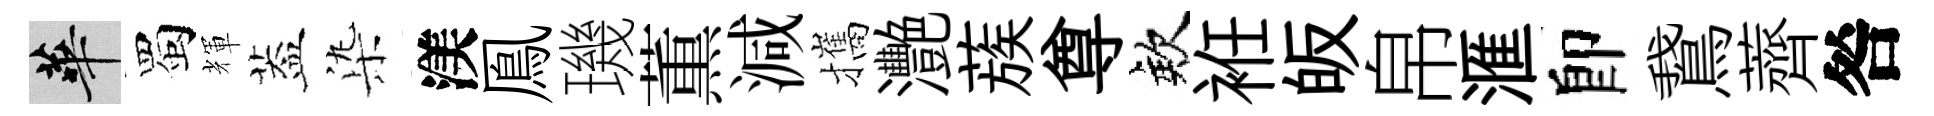
華蜀輝葢𣑱渼鳯璣薫減攜灧蔟尊欸袵皈帛滙卽鵞薺咎